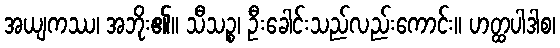
အယျကဿ၊ အဘိုး၏။ သီသဉ္စ၊ ဦးခေါင်းသည်လည်းကောင်း။ ဟတ္ထပါဒါစ၊